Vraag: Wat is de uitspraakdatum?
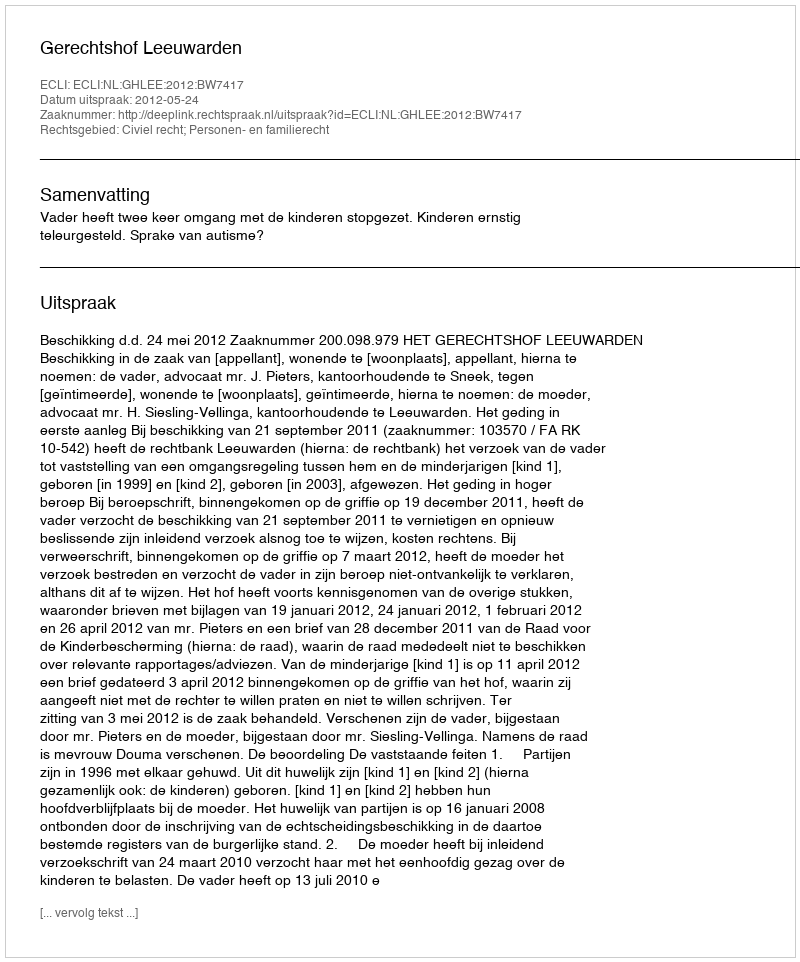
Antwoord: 2012-05-24